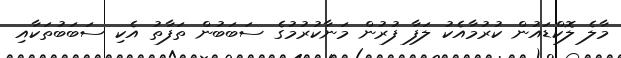
މާލެ ލޮކްޑައުން ކުރުމާއެކު ލަފާ ފުރުން މަނާކުރުމުގެ ސަބަބުން ތަފާތު އެކި ސަބަބުތަކާއި